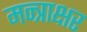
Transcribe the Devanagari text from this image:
मन्त्राक्षर